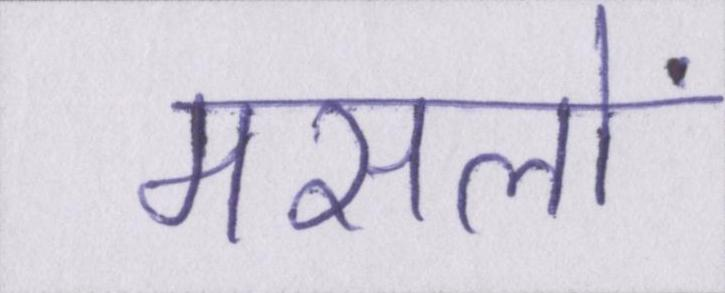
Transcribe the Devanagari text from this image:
मसलों